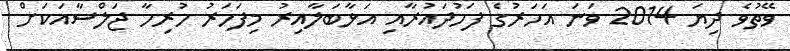
ވޭތުވެ ދިޔަ 2014 ވަނަ އަހަރުގެ ފަހުދައުރާއި އަޅާބަލާއިރު މިފަހަރު ހުރިހާ ޖަލްސާއަކަށް